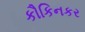
કૌકિનકર